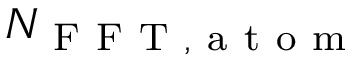
N _ { \mathrm { ~ F ~ F ~ T ~ , ~ a ~ t ~ o ~ m ~ } }